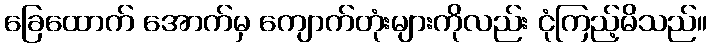
ခြေထောက် အောက်မှ ကျောက်တုံးများကိုလည်း ငုံကြည့်မိသည်။